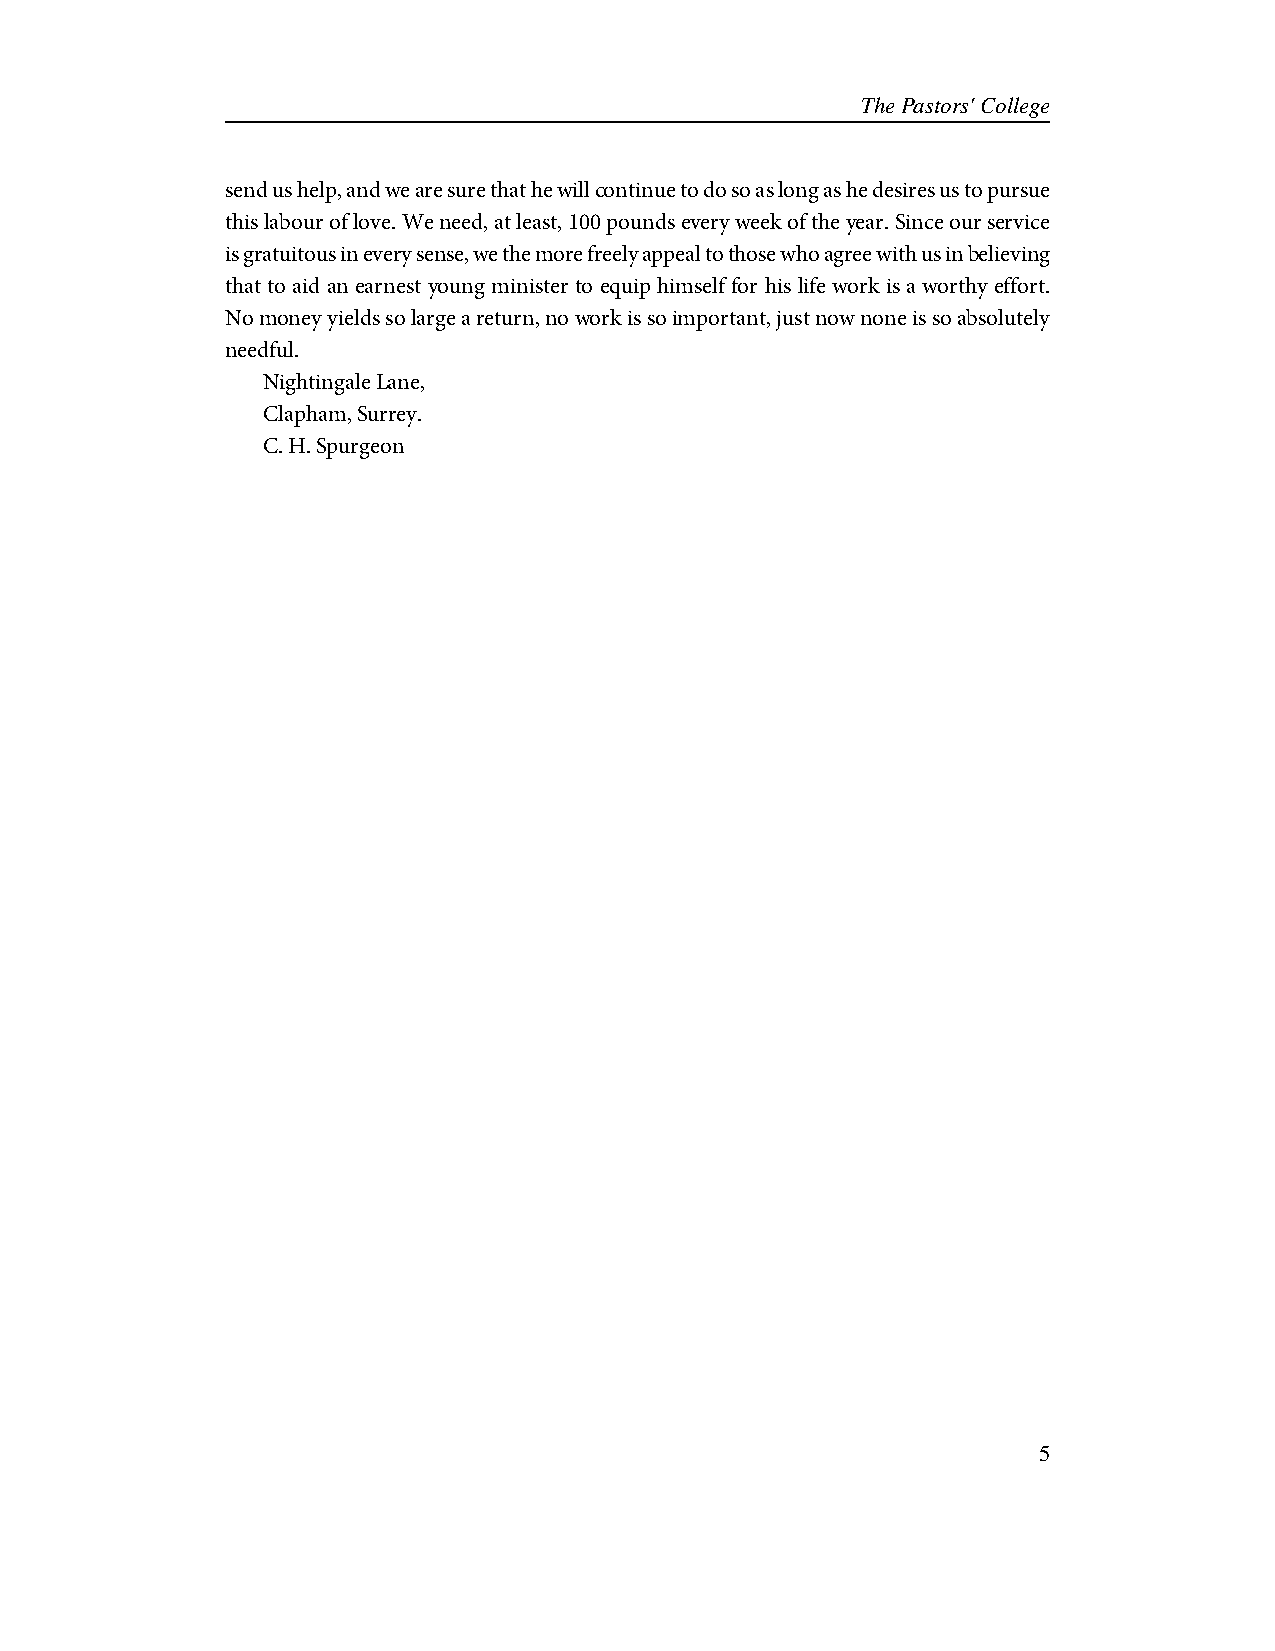
The Pastors' College
 send us help, and we are sure that he will continue to do so as long as he desires us to pursue
 this labour of love. We need, at least, 100 pounds every week of the year. Since our service
 is gratuitous in every sense, we the more freely appeal to those who agree with us in believing
 that to aid an earnest young minister to equip himself for his life work is a worthy effort.
 No money yields so large a return, no work is so important, just now none is so absolutely
 needful.
 Nightingale Lane,
 Clapham, Surrey.
 C. H. Spurgeon
 5